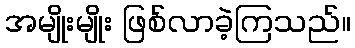
အမျိုးမျိုး ဖြစ်လာခဲ့ကြသည်။